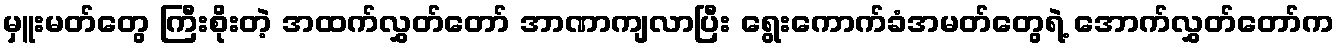
မှူးမတ်တွေ ကြီးစိုးတဲ့ အထက်လွှတ်တော် အာဏာကျလာပြီး ရွေးကောက်ခံအမတ်တွေရဲ့ အောက်လွှတ်တော်က